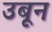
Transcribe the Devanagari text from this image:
उबून